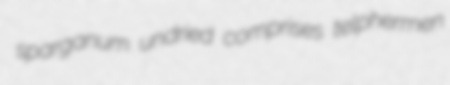
sparganum undried comprises telphermen